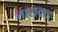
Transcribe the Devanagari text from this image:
तारावाड